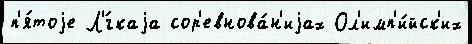
п'я́тоjе Л'́гкаjа сор'евнова́н'иjах Ол'имп'и́йск'их